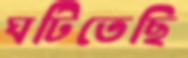
ঘটিতেছি